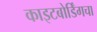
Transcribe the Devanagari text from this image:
काइटबोर्डिंगचा